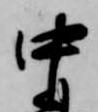
中